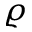
\varrho